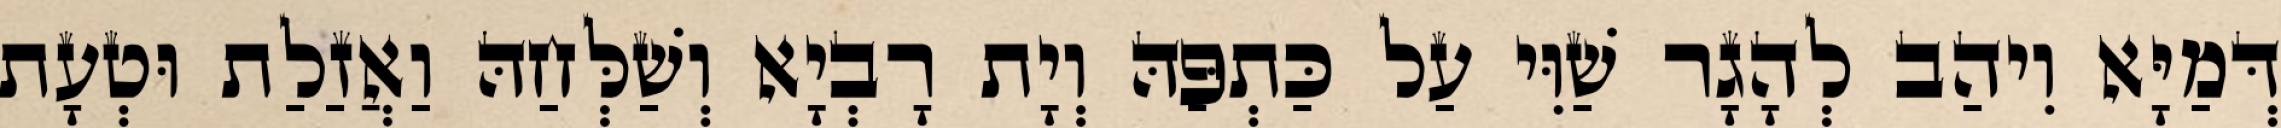
דְּמַיָּא וִיהַב לְהָגָר שַׁוִּי עַל כַּתְפַּהּ וְיָת רָבְיָא וְשַׁלְּחַהּ וַאֲזַלַת וּטְעָת